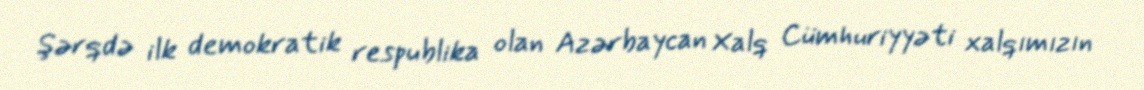
Şərqdə ilk demokratik respublika olan Azərbaycan Xalq Cümhuriyyəti xalqımızın